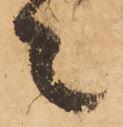
々